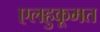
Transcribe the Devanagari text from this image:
एलहुकूमत